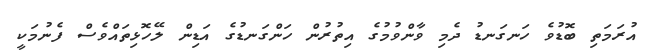
އުރަމަތި ބޮޑުވެ ހަނގަނޑު ދެމި ވާންވުމުގެ އިތުރުން ހަންގަނޑުގެ އަޑިން ލޭހޮޅިތައްވެސް ފެނުމަކީ